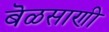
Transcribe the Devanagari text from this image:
बॆळसाणी